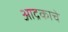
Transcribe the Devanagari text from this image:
आद्रकाचे